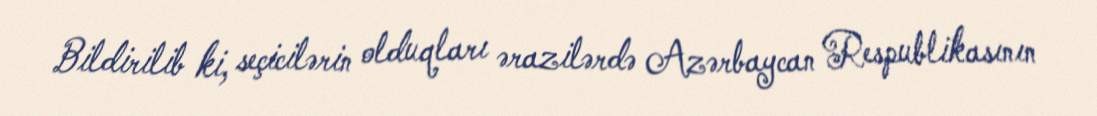
Bildirilib ki, seçicilərin olduqları ərazilərdə Azərbaycan Respublikasının